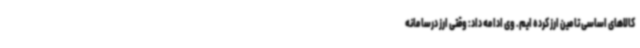
کالاهای اساسی تامین ارز کرده ایم. وی ادامه داد: وقتی ارز درسامانه